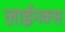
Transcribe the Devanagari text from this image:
लाईनक्स